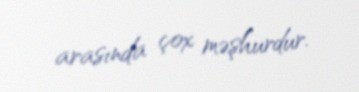
arasında çox məşhurdur.